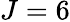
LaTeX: J=6